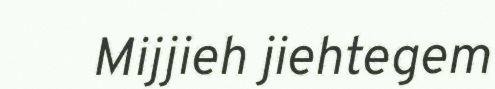
Mijjieh jiehtegem